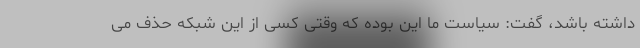
داشته باشد، گفت: سیاست ما این بوده که وقتی کسی از این شبکه حذف می